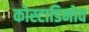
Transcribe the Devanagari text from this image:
कोस्टाडिनोव